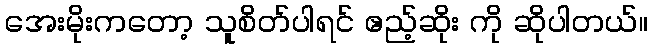
အေးမိုးကတော့ သူစိတ်ပါရင် ဧည့်ဆိုး ကို ဆိုပါတယ်။